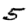
Digit: 5